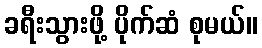
ခရီးသွားဖို့ ပိုက်ဆံ စုမယ်။